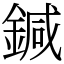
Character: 鍼